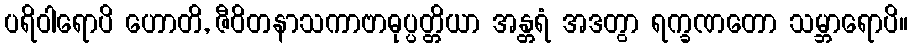
ပရိဝါရောပိ ဟောတိ, ဇီဝိတနာသကာဗာဓုပ္ပတ္တိယာ အန္တရံ အဒတွာ ရက္ခဏတော သမ္ဘာရောပိ။